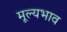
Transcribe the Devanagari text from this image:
मूल्यभाव